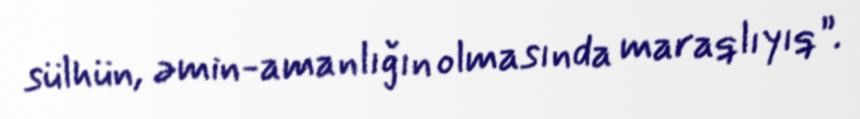
sülhün, əmin-amanlığın olmasında maraqlıyıq”.